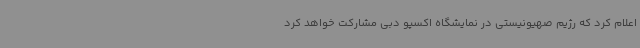
اعلام کرد که رژیم صهیونیستی در نمایشگاه اکسپو دبی مشارکت خواهد کرد